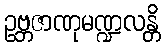
ဥဗ္ဘဇာဏုမဏ္ဍလန္တိ